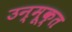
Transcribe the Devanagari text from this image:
उन्मूक्त